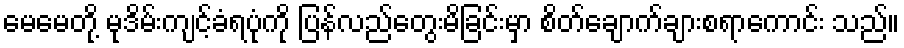
မေမေတို့ မုဒိမ်းကျင့်ခံရပုံကို ပြန်လည်တွေးမိခြင်းမှာ စိတ်ချောက်ချားစရာကောင်း သည်။